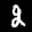
Label: 2